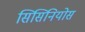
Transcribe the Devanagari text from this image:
सिसिनियोस